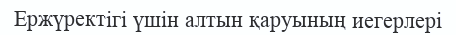
Ержүректігі үшін алтын қаруының иегерлері